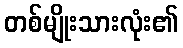
တစ်မျိုးသားလုံး၏